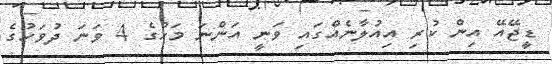
ޑީޖޭއޭ އިން ކުރި އިއުލާނެއްގައި ވަނީ އަންނަ މަހުގެ 4 ވަނަ ދުވަހުގެ